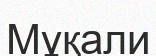
Мұқали